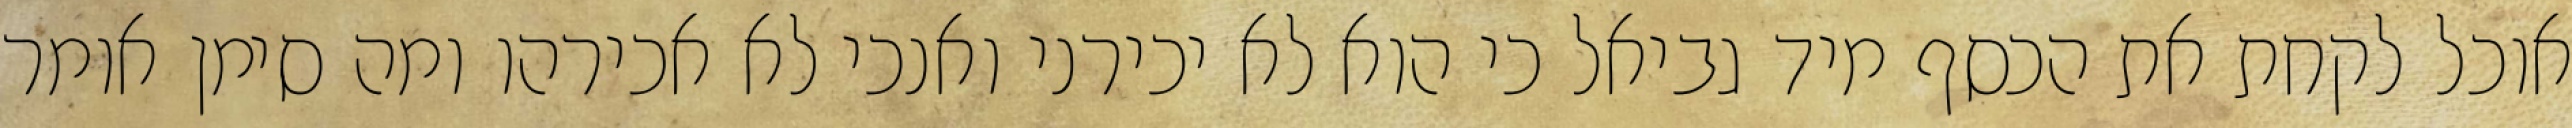
אוכל לקחת את הכסף מיד גביאל כי הוא לא יכירני ואנכי לא אכירהו ומה סימן אומר